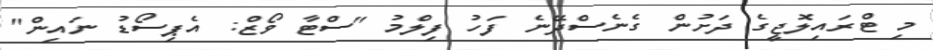
މި ޓްރައިލޮޖީގެ ދަށުން ގެނެސްދޭނެ ފަހު ފިލްމު "ސްޓާ ވޯޒް: އެޕިސޯޑު ނައިން"